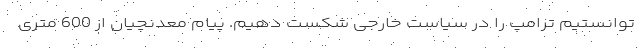
توانستیم ترامپ را در سیاست خارجی شکست دهیم. پیام معدنچیان از 600 متری